Vaccination in Bombay 1874-1876 - 1874-1876
Year: 1874
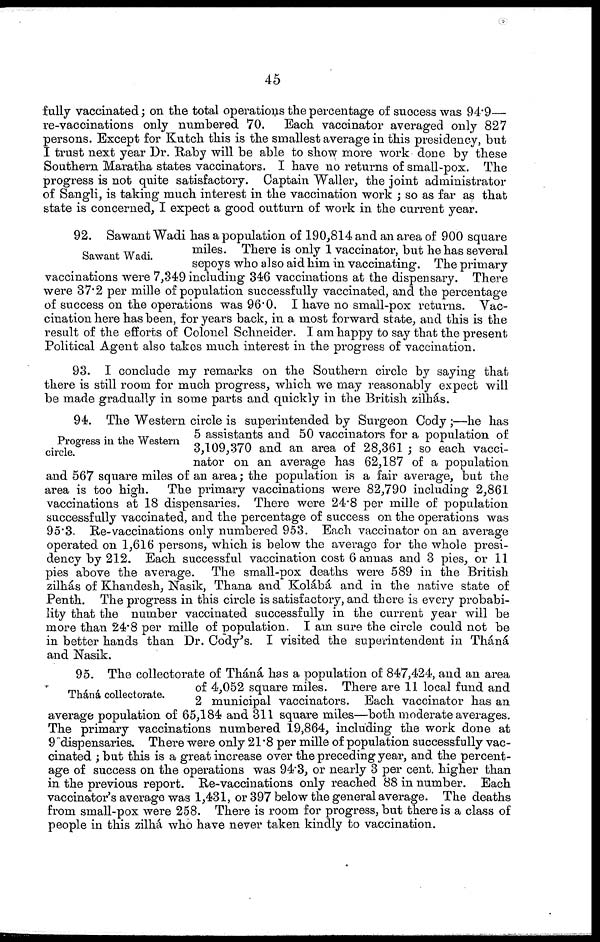
45
fully vaccinated; on the total operations the percentage of success was 94.9—
re-vaccinations only numbered 70. Each vaccinator averaged only 827
persons. Except for Kutch this is the smallest average in this presidency, but
I trust next year Dr. Raby will be able to show more work done by these
Southern Maratha states vaccinators. I have no returns of small-pox. The
progress is not quite satisfactory. Captain Waller, the joint administrator
of Sangli, is taking much interest in the vaccination work ; so as far as that
state is concerned, I expect a good outturn of work in the current year.
Sawant Wadi.
92. Sawant Wadi has a population of 190,814 and an area of 900 square
miles. There is only 1 vaccinator, but he has several
sepoys who also aid him in vaccinating. The primary
vaccinations were 7,349 including 346 vaccinations at the dispensary. There
were 37.2 per mille of population successfully vaccinated, and the percentage
of success on the operations was 96.0. I have no small-pox returns. Vac-
cination here has been, for years back, in a most forward state, and this is the
result of the efforts of Colonel Schneider. I am happy to say that the present
Political Agent also takes much interest in the progress of vaccination.
93. I conclude my remarks on the Southern circle by saying that
there is still room for much progress, which we may reasonably expect will
be made gradually in some parts and quickly in the British zilhás.
Progress in the Western
circle.
94. The Western circle is superintended by Surgeon Cody ;—he has
5 assistants and 50 vaccinators for a population of
3,109,370 and an area of 28,361 ; so each vacci-
nator on an average has 62,187 of a population
and 567 square miles of an area; the population is a fair average, but the
area is too high. The primary vaccinations were 82,790 including 2,861
vaccinations at 18 dispensaries. There were 24.8 per mille of population
successfully vaccinated, and the percentage of success on the operations was
95.3. Re-vaccinations only numbered 953. Each vaccinator on an average
operated on 1,616 persons, which is below the average for the whole presi-
dency by 212. Each successful vaccination cost 6 annas and 3 pies, or 11
pies above the average. The small-pox deaths were 589 in the British
zilhás of Khandesh, Nasik, Thana and Kolábá and in the native state of
Penth. The progress in this circle is satisfactory, and there is every probabi-
lity that the number vaccinated successfully in the current year will be
more than 24.8 per mille of population. I am sure the circle could not be
in better hands than Dr. Cody's. I visited the superintendent in Tháná
and Nasik.
Tháná collectorate.
95. The collectorate of Tháná has a population of 847,424, and an area
of 4,052 square miles. There are 11 local fund and
2 municipal vaccinators. Each vaccinator has an
average population of 65,184 and 311 square miles—both moderate averages.
The primary vaccinations numbered 19,864, including the work done at
9 "dispensaries. There were only 21.8 per mille of population successfully vac-
cinated ; but this is a great increase over the preceding year, and the percent-
age of success on the operations was 94.3, or nearly 3 per cent. higher than
in the previous report. Re-vaccinations only reached 88 in number. Each
vaccinator's average was 1,431, or 397 below the general average. The deaths
from small-pox were 258. There is room for progress, but there is a class of
people in this zilhá who have never taken kindly to vaccination.